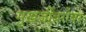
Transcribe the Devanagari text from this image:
मुख़र्जींबरोबर